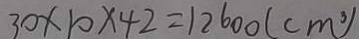
3 0 \times 1 0 \times 4 2 = 1 2 6 0 0 ( c m ^ { 3 } )